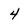
Character: 4